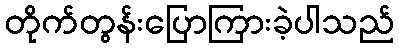
တိုက်တွန်းပြောကြားခဲ့ပါသည်